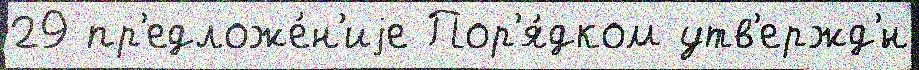
29 пр'едложе́н'иjе Пор'я́дком утв'ержд'́н